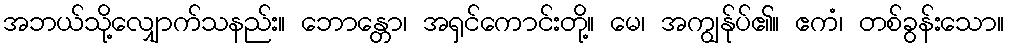
အဘယ်သို့လျှောက်သနည်း။ ဘောန္တော၊ အရှင်ကောင်းတို့။ မေ၊ အကျွန်ုပ်၏။ ဧကံ၊ တစ်ခွန်းသော။